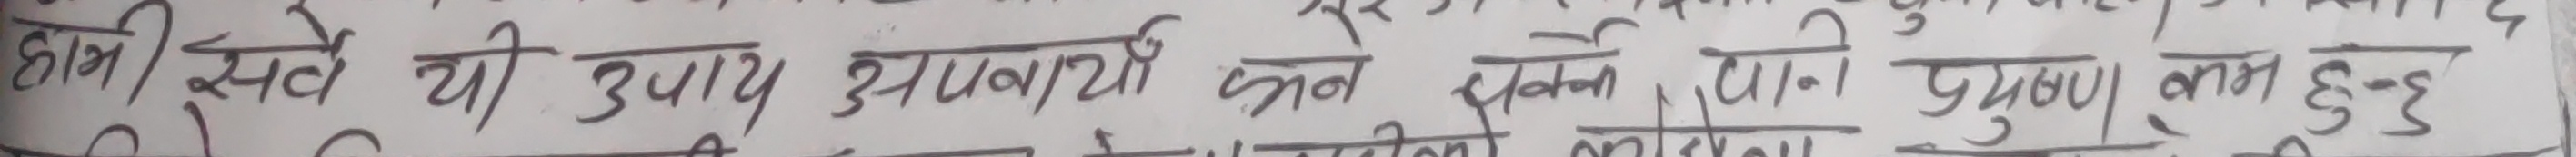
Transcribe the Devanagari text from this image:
हामी सर्वै यी उपाय अपनायौँ भने पानी प्रदूषण कम हुन्छ।